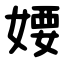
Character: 婹